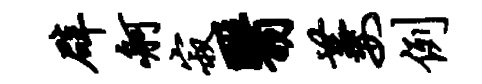
辟舸寂翳萋例